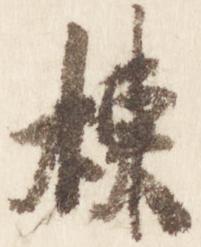
棟